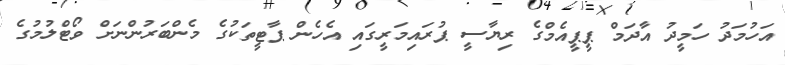
އަހުމަދު ހަމީދު އާދަމް ޕީޕީއެމްގެ ރިޔާސީ ޕުރައިމަރީގައި އެހެން ޕާޓީތަކުގެ މެންބަރުންނަށް ވޯޓްލުމުގެ